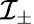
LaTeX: \mathcal{I}_{\pm}